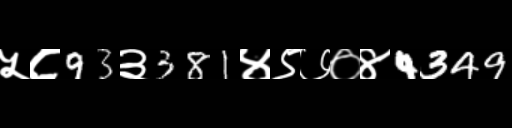
Text: ५८93३381४९७०४4349